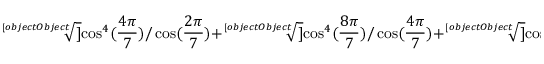
{ \sqrt [ [object Object] ] { \cos ^ { 4 } ( { \frac { 4 \pi } { 7 } } ) / \cos ( { \frac { 2 \pi } { 7 } } ) } } + { \sqrt [ [object Object] ] { \cos ^ { 4 } ( { \frac { 8 \pi } { 7 } } ) / \cos ( { \frac { 4 \pi } { 7 } } ) } } + { \sqrt [ [object Object] ] { \cos ^ { 4 } ( { \frac { 2 \pi } { 7 } } ) / \cos ( { \frac { 8 \pi } { 7 } } ) } } = - { \sqrt [ [object Object] ] { 4 9 } } / 2 .